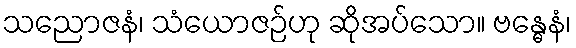
သညောဇနံ၊ သံယောဇဉ်ဟု ဆိုအပ်သော။ ဗန္ဓေနံ၊